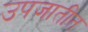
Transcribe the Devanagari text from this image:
उपजातीत